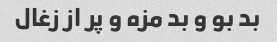
بد بو و بد مزه و پر از زغال